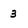
Character: 3